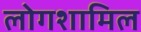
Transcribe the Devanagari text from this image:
लोगशामिल